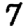
Digit: 7